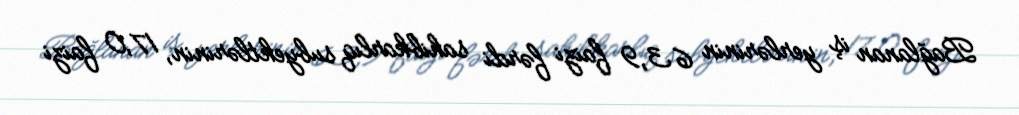
Bağlanan iş yerlərinin 63,9 faizi fərdi sahibkarlıq subyektlərinin, 17,0 faizi